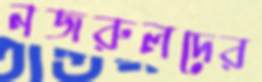
নজরুলদের